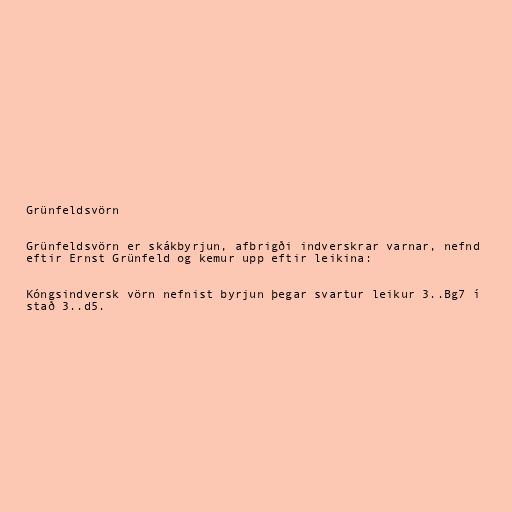
Grünfeldsvörn

Grünfeldsvörn er skákbyrjun, afbrigði indverskrar varnar, nefnd
eftir Ernst Grünfeld og kemur upp eftir leikina:

Kóngsindversk vörn nefnist byrjun þegar svartur leikur 3..Bg7 í
stað 3..d5.